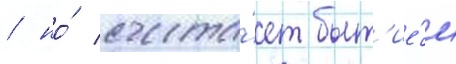
/ но́ счита́ет быт'ие́м